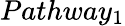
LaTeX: Pathway_{1}